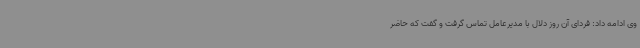
وی ادامه داد: فردای آن روز دلال با مدیرعامل تماس گرفت و گفت که حاضر